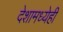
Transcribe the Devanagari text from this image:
देशामध्येही